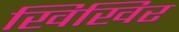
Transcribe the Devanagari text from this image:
खिखिर